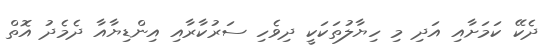
ދެކޭ ކަމަށާއި އަދި މި ހިޔާލުތަކަކީ ދިވެހި ސަރުކާރާއި އިންޑިޔާއާ ދެމެދު އޮތް